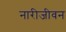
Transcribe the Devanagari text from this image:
नारीजीवन